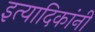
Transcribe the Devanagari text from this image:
इत्यादिकांनी